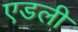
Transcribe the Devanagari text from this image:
एडली